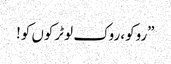
”روکو، روک لو ٹرکوں کو!